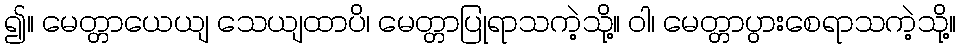
၍။ မေတ္တာယေယျ သေယျထာပိ၊ မေတ္တာပြုရာသကဲ့သို့။ ဝါ၊ မေတ္တာပွားစေရာသကဲ့သို့။